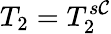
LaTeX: T_{2}=T_{2}^{s\mathcal{C}}